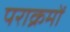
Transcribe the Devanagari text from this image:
पराक्रमों